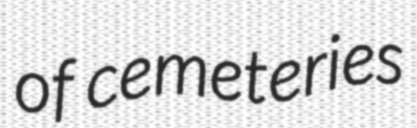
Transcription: of cemeteries